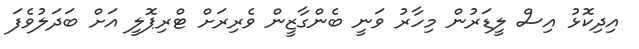
އިދިކޮޅު އިސް ލީޑަރުން މިހާރު ވަނީ ބެންގާޒީން ވެރިރަށް ޓްރިޕޮލީ އަށް ބަދަލުވެފަ